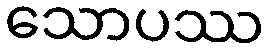
သောပဿ